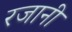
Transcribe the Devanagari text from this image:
रजानी